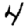
Digit: 4